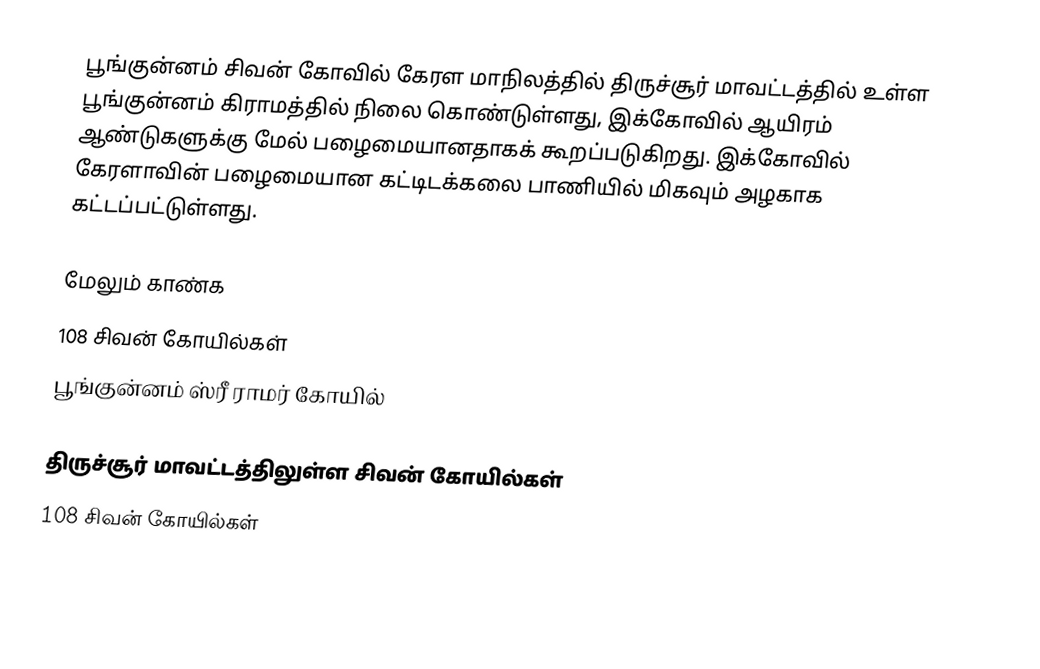
பூங்குன்னம் சிவன் கோவில் கேரள மாநிலத்தில் திருச்சூர் மாவட்டத்தில் உள்ள பூங்குன்னம் கிராமத்தில் நிலை கொண்டுள்ளது, இக்கோவில் ஆயிரம் ஆண்டுகளுக்கு மேல் பழைமையானதாகக் கூறப்படுகிறது. இக்கோவில் கேரளாவின் பழைமையான கட்டிடக்கலை பாணியில் மிகவும் அழகாக கட்டப்பட்டுள்ளது.

மேலும் காண்க
 108 சிவன் கோயில்கள்
 பூங்குன்னம் ஸ்ரீ ராமர் கோயில்

திருச்சூர் மாவட்டத்திலுள்ள சிவன் கோயில்கள்
108 சிவன் கோயில்கள்